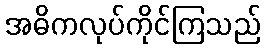
အဓိကလုပ်ကိုင်ကြသည်